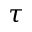
\tau